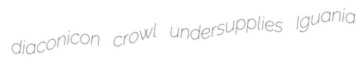
diaconicon crowl undersupplies Iguania